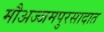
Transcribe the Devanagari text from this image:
मौअज्जमपुरसादात